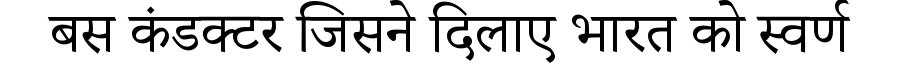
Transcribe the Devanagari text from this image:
बस कंडक्टर जिसने दिलाए भारत को स्वर्ण